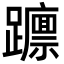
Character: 𮜥